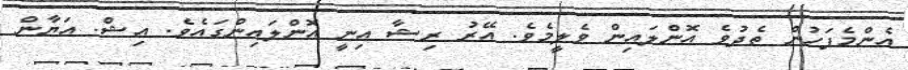
އެންމެފަހުން ތެދުވެ އޮންލައިން ވެލީމެވެ. އޭރު ރިޝާ އިނީ އޮންލައިންގައެވެ. އިޝް. އަޔާން